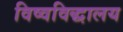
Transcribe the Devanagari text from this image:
विष्वविद्धालय